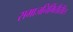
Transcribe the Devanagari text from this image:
समाजनिर्मितीतील